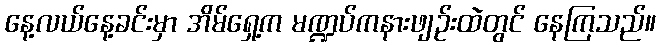
နေ့လယ်နေ့ခင်းမှာ အိမ်ရှေ့က မဏ္ဍပ်ကနားဖျဉ်းထဲတွင် နေကြသည်။